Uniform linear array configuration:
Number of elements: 64
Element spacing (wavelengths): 0.25
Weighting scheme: hann
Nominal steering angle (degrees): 30
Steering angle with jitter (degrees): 29.362
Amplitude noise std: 0.05
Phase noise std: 0.05

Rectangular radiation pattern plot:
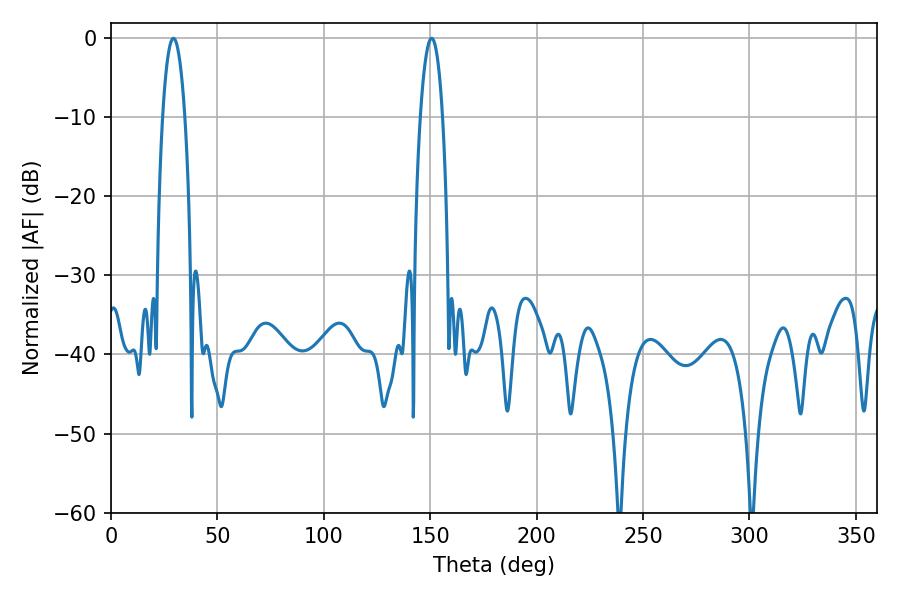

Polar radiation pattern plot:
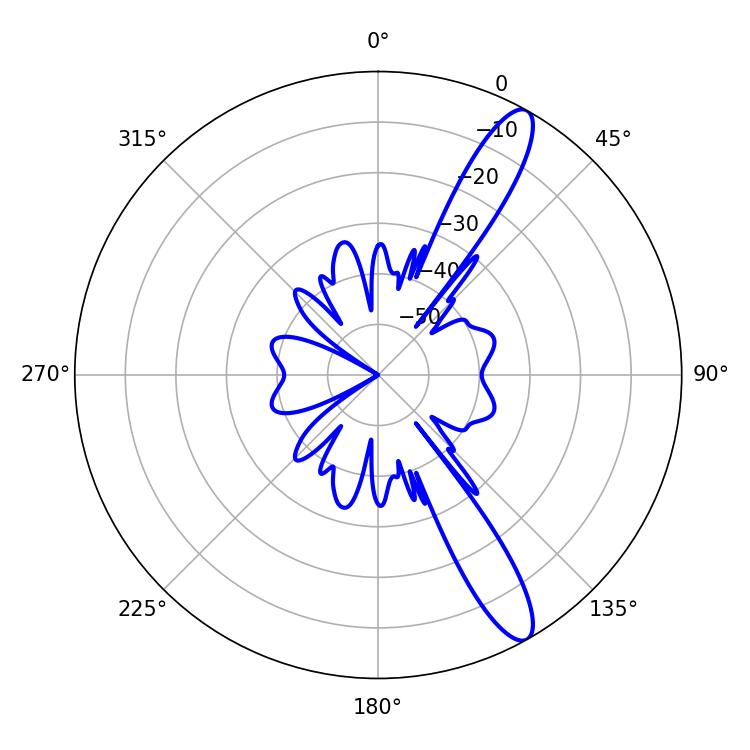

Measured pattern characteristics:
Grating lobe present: FALSE
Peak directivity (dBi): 12.717
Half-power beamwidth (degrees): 5.76
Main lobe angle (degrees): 29.34